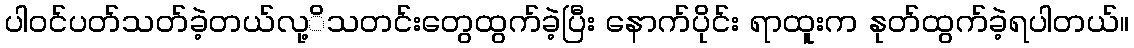
ပါဝင်ပတ်သတ်ခဲ့တယ်လု့ိသတင်းတွေထွက်ခဲ့ပြီး နောက်ပိုင်း ရာထူးက နုတ်ထွက်ခဲ့ရပါတယ်။